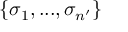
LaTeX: \{ \sigma _ { 1 } , . . . , \sigma _ { n ^ { \prime } } \}